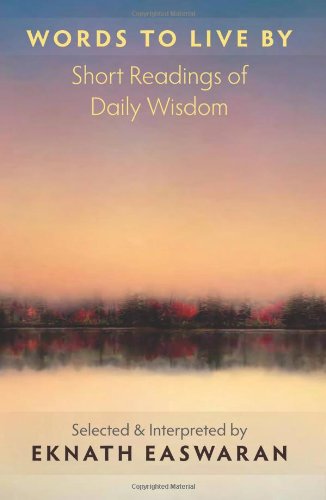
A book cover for Words to Live By: Short Readings of Daily Wisdom; Religion & Spirituality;